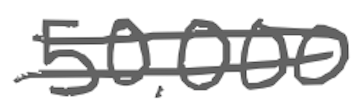
Text: 50,000
Cross-out: double-line
Writing tool: digital_gray